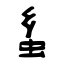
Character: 蚃